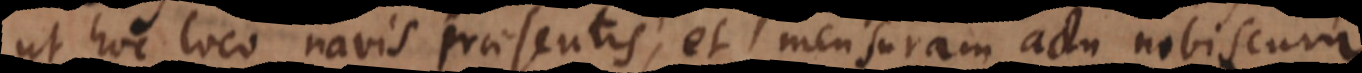
ut hoc loco navis praesentis, et [mensurae] actu nobiscum